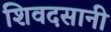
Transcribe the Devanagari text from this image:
शिवदसानी